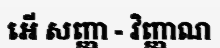
អើ សញ្ញា - វិញ្ញាណ